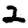
Digit: 2